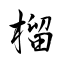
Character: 榴